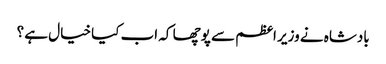
بادشاہ نے وزیر اعظم سے پوچھا کہ اب کیا خیال ہے ؟